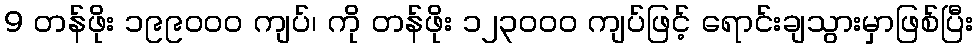
9 တန်ဖိုး ၁၉၉၀၀၀ ကျပ်၊ ကို တန်ဖိုး ၁၂၃၀၀၀ ကျပ်ဖြင့် ရောင်းချသွားမှာဖြစ်ပြီး